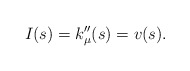
\begin{align*} I(s)= k''_{\mu}(s)=v(s).\end{align*}